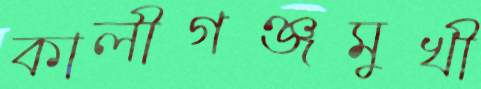
কালীগঞ্জমুখী